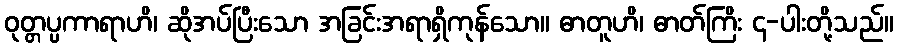
ဝုတ္တပ္ပကာရာဟိ၊ ဆိုအပ်ပြီးသော အခြင်းအရာရှိကုန်သော။ ဓာတူဟိ၊ ဓာတ်ကြိး ၄-ပါးတို့သည်။